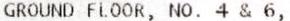
GROUND FLOOR, NO. 4 & 6,